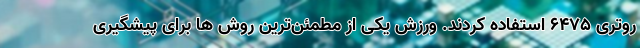
روتری 6475 استفاده کردند. ورزش یکی از مطمئن‌ترین روش ها برای پیشگیری